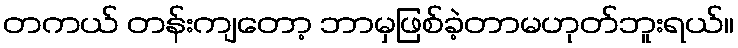
တကယ် တန်းကျတော့ ဘာမှဖြစ်ခဲ့တာမဟုတ်ဘူးရယ်။